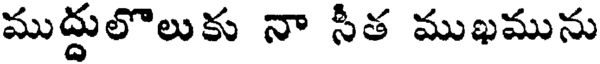
ముద్దులొలుకు నా సీత ముఖమును